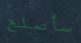
سأصلح